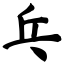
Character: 乓